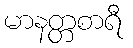
မာနတ္တစာရီ